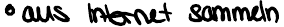
aus Internet sammeln